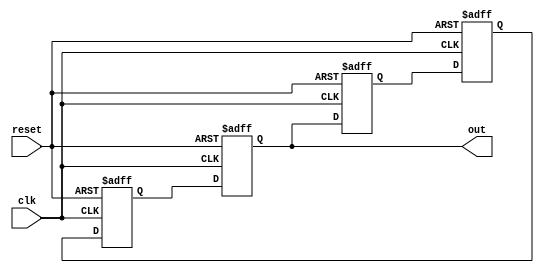
module JohnsonCounter (
    input clk,
    input reset,
    output reg [3:0] out
);

reg [3:0] q1, q2, q3, q4;

always @(posedge clk or posedge reset) begin
    if (reset) begin
        q1 <= 1'b0;
        q2 <= 1'b1;
        q3 <= 1'b1;
        q4 <= 1'b0;
    end else begin
        q1 <= q4;
        q2 <= q1;
        q3 <= q2;
        q4 <= q3;
    end
end

assign out = {q1, q2, q3, q4};

endmodule